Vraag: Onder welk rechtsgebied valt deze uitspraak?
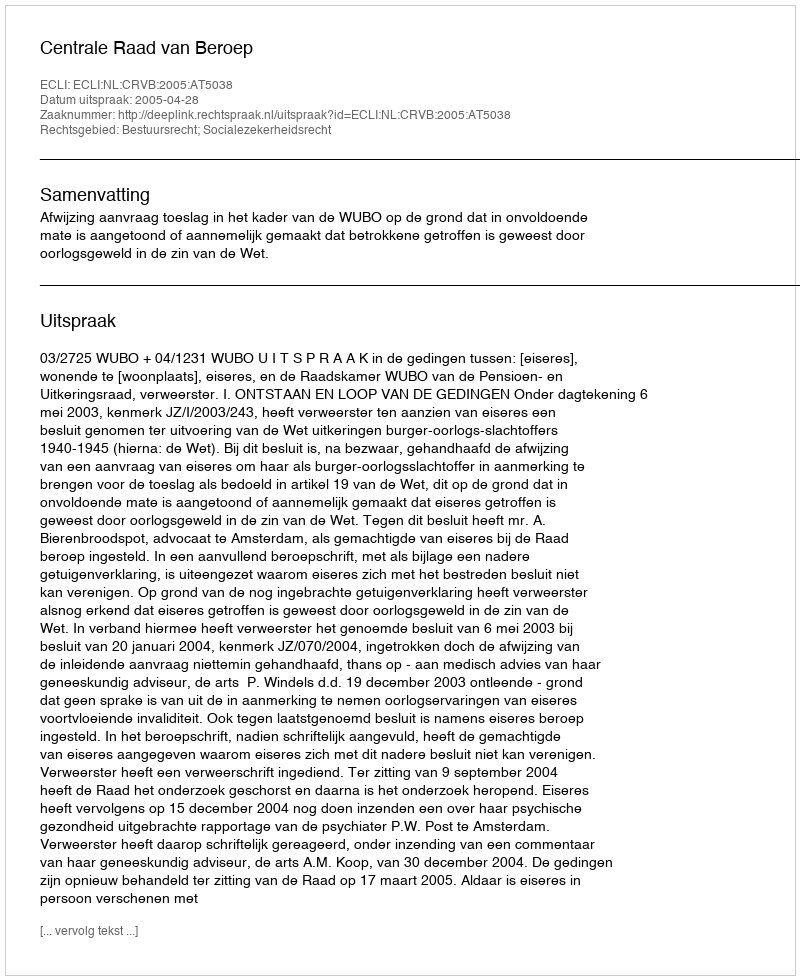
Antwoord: Bestuursrecht; Socialezekerheidsrecht